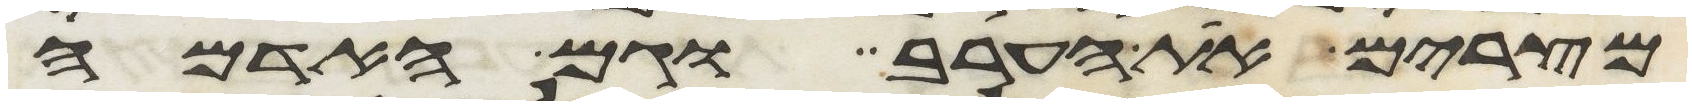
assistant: מצרים את הערב וגם האדמה